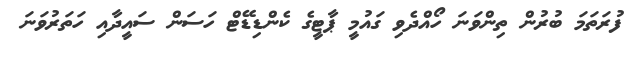
ފުރަތަމަ ބުރުން ތިންވަނަ ހޯއްދެވި ގައުމީ ޕާޓީގެ ކެންޑިޑޭޓް ހަސަން ސައީދާއި ހަތަރުވަނަ